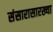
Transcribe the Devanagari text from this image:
संसारासारख्या